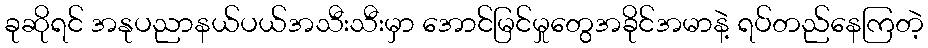
ခုဆိုရင် အနုပညာနယ်ပယ်အသီးသီးမှာ အောင်မြင်မှုတွေအခိုင်အမာနဲ့ ရပ်တည်နေကြတဲ့